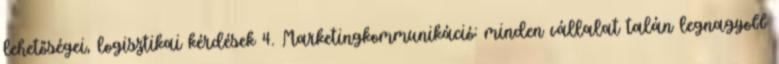
lehetőségei, logisztikai kérdések 4. Marketingkommunikáció: minden vállalat talán legnagyobb